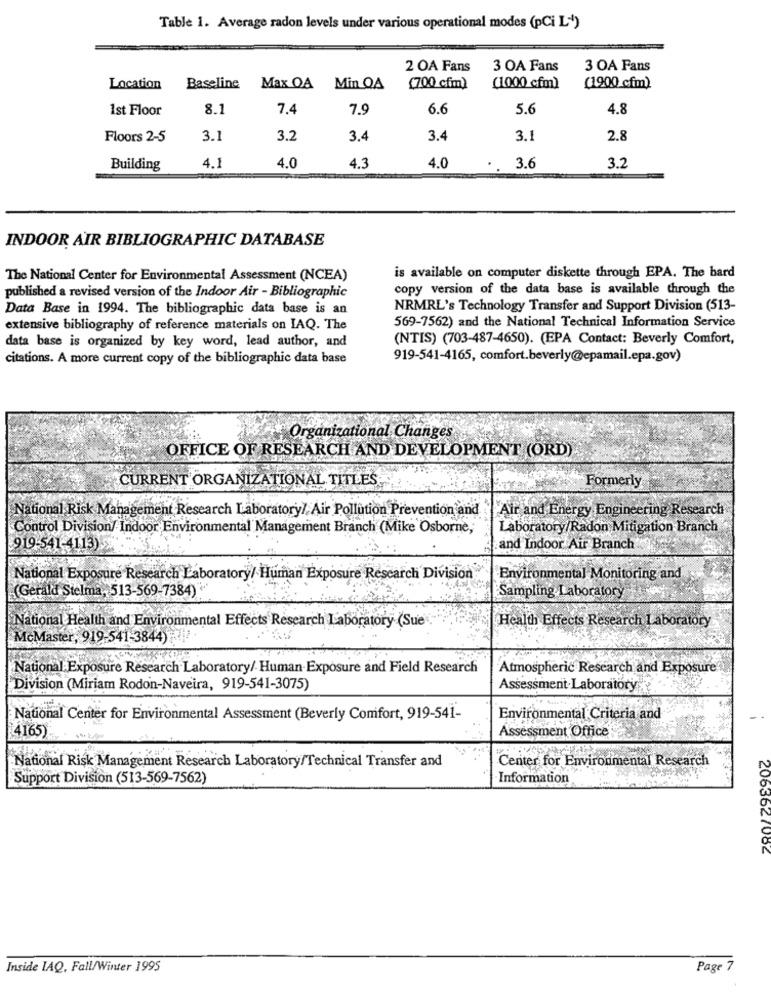
Table 1. Average radon levels under various operational modes (pCi L-)
2 OA Fans
3 OA Fans
3 OA Fans
Location
Baseline
Max OA Min QA
(700 cfm)
(1000 cfm)
(1900 cfm)
1st Floor
8.1
7.4
7.9
6.6
5.6
4.8
Floors 2-5
3.1
3.2
3.4
3.4
3.1
2.8
Building
4.1
4.0
4.3
4.0
..
3.6
3.2
INDOOR AIR BIBLIOGRAPHIC DATABASE
is available on computer diskette through EPA. The bard
The National Center for Environmental Assessment (NCEA)
copy version of the data base is available through the
published a revised version of the Indoor Air - Bibliographic
Data Base in 1994. The bibliographic data base is an
NRMRL's Technology Transfer and Support Division (513-
569-7562) and the National Technical Information Service
extensive bibliography of reference materials on IAQ. The
data base is organized by key word, lead author, and
(NTIS) (703-487-4650). (EPA Contact: Beverly Comfort,
citations. A more current copy of the bibliographic data base
919-541-4165, comfort.beverly@epamail.epa.gov)
Organizational Changes
OFFICE OF RESEARCH AND DEVELOPMENT (ORD)
CURRENT ORGANIZATIONAL TITLES.
Formerly
National Risk Management Research Laboratory/ Air Pollution Prevention and
Air and Energy Engineering Research
Control Division/ Indoor Environmental Management Branch (Mike Osborne,
Laboratory/Radon Mitigation Branch
919-541-4113)
.and Indoor Air Branch
National Exposure Research Laboratory/ Human Exposure Rescarch Division
Environmental Monitoring and
(Gerald Stelma, 513-569-7384)*
Sampling Laboratory
Health Effects Research Laboratory
National Health and Environmental Effects Research Laboratory (Sue
McMaster, 919-541-3844)
National Exposure Research Laboratory/ Human-Exposure and Field Research
Atmospheric Research and Exposure
Division (Miriam Rodon-Naveira, 919-541-3075)
Assessment-Laboratory
National Center for Environmental Assessment (Beverly Comfort, 919-541-
Environmental Criteria and
4165)
Assessment Office
National Risk Management Research Laboratory/Technical Transfer and
Center for Environmental Research
Support Division (513-569-7562)
Information
2063627082
Inside IAQ, Fall/Winter 1995
Page 7